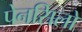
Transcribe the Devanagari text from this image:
पेनसिलों